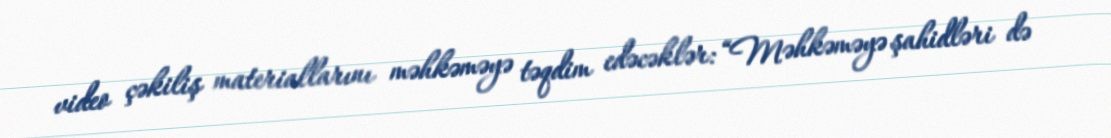
video çəkiliş materiallarını məhkəməyə təqdim edəcəklər: “Məhkəməyə şahidləri də